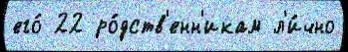
его́ 22 ро́дств'енн'икам л'и́чно